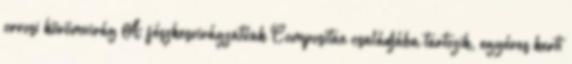
orvosi körömvirág A fészkesvirágzatúak Compositae családjába tartozik, egyéves kerti